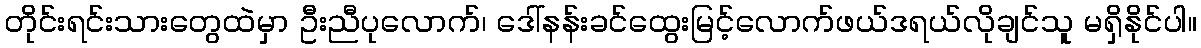
တိုင်းရင်းသားတွေထဲမှာ ဦးညီပုလောက်၊ ဒေါ်နန်းခင်ထွေးမြင့်လောက်ဖယ်ဒရယ်လိုချင်သူ မရှိနိုင်ပါ။